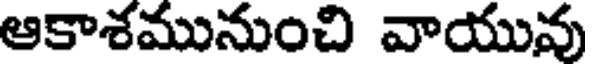
ఆకాశమునుంచి వాయువు